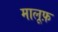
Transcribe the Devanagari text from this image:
मालूफ़